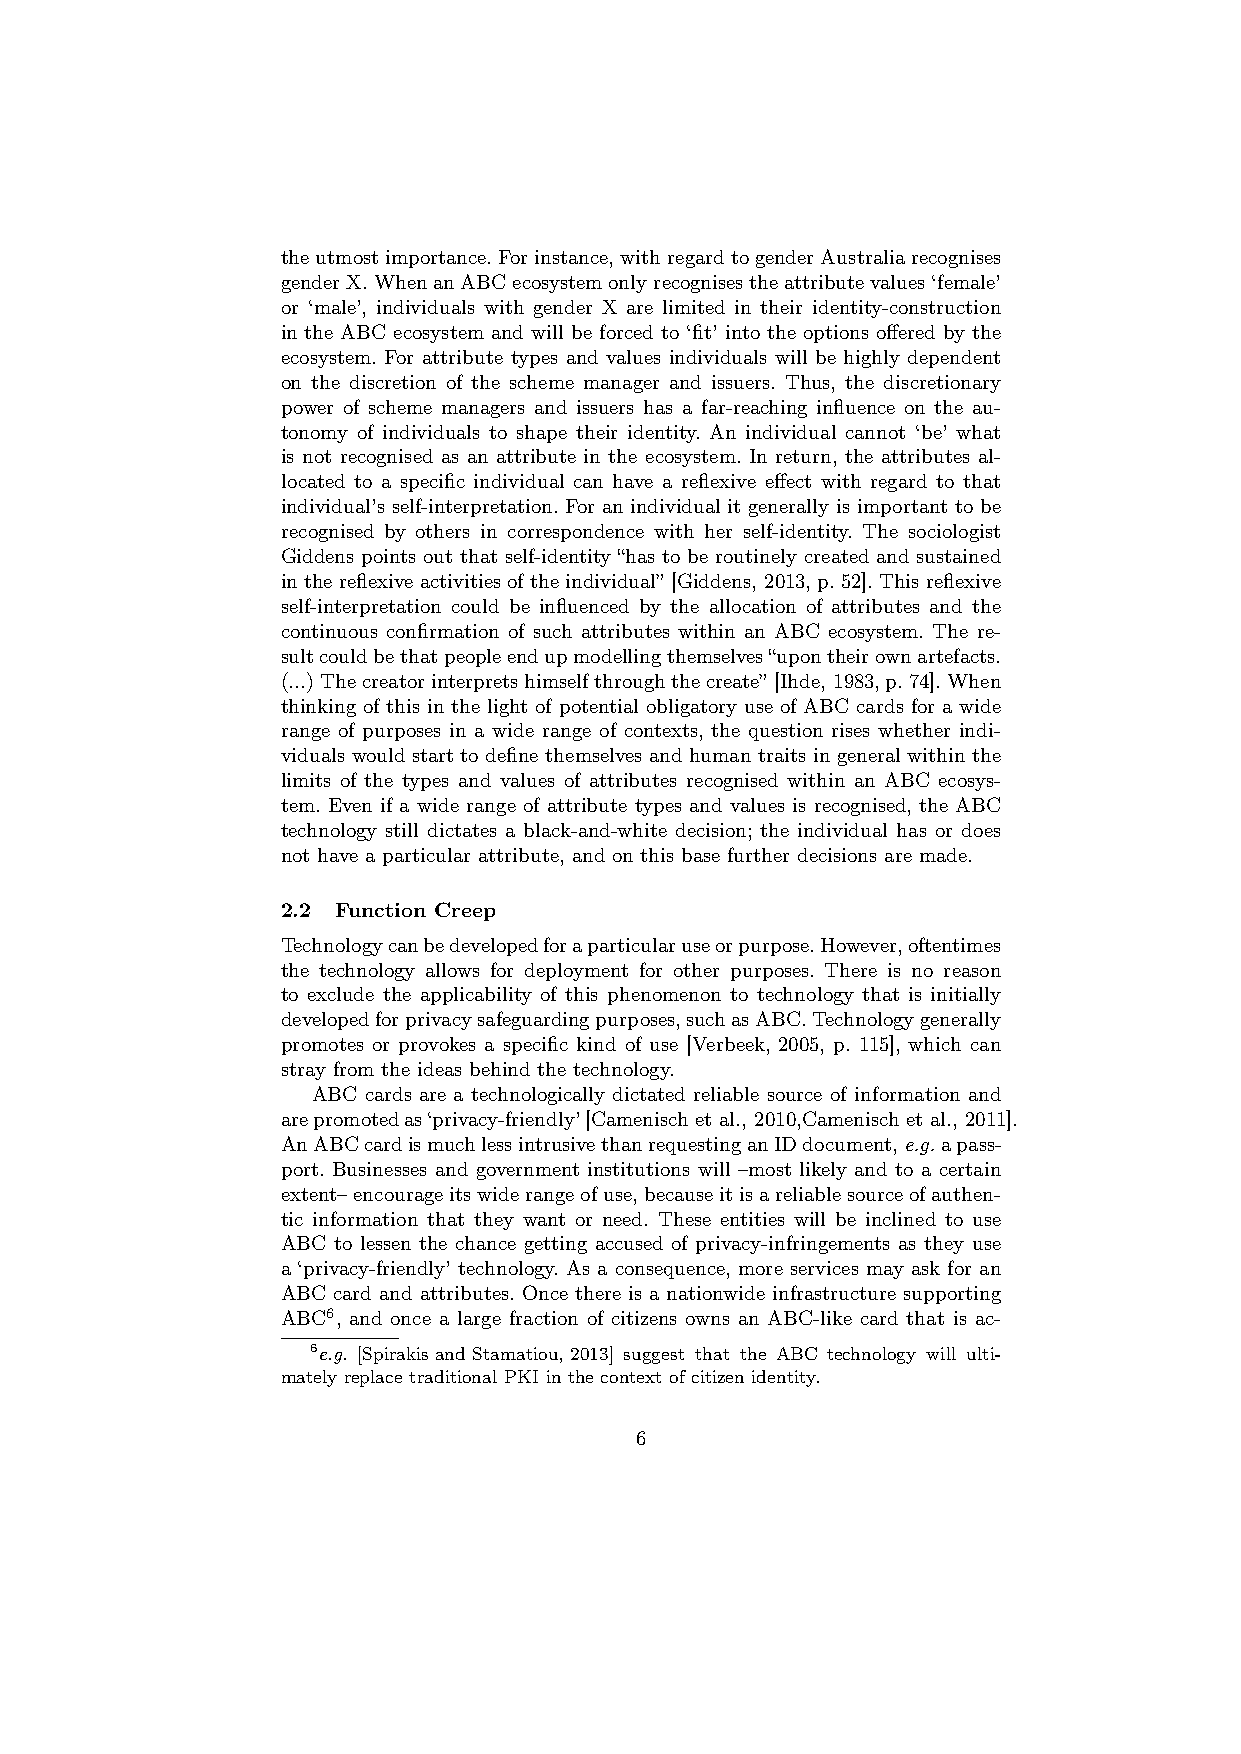
theutmostimportance.Forinstance,withregardtogenderAustraliarecognises
 genderX.WhenanABCecosystemonlyrecognisestheattributevalues‘female’
 or ‘male’, individuals with gender X are limited in their identity-construction
 in the ABC ecosystem and will be forced to ‘fit’ into the options offered by the
 ecosystem. For attribute types and values individuals will be highly dependent
 on the discretion of the scheme manager and issuers. Thus, the discretionary
 power of scheme managers and issuers has a far-reaching influence on the au-
 tonomy of individuals to shape their identity. An individual cannot ‘be’ what
 is not recognised as an attribute in the ecosystem. In return, the attributes al-
 located to a specific individual can have a reflexive effect with regard to that
 individual’s self-interpretation. For an individual it generally is important to be
 recognised by others in correspondence with her self-identity. The sociologist
 Giddens points out that self-identity “has to be routinely created and sustained
 in the reflexive activities of the individual” [Giddens, 2013, p. 52]. This reflexive
 self-interpretation could be influenced by the allocation of attributes and the
 continuous confirmation of such attributes within an ABC ecosystem. The re-
 sultcouldbethatpeopleendupmodellingthemselves“upontheirownartefacts.
 (...)Thecreatorinterpretshimselfthroughthecreate” [Ihde, 1983,p.74].When
 thinking of this in the light of potential obligatory use of ABC cards for a wide
 range of purposes in a wide range of contexts, the question rises whether indi-
 viduals would start to define themselves and human traits in general within the
 limits of the types and values of attributes recognised within an ABC ecosys-
 tem. Even if a wide range of attribute types and values is recognised, the ABC
 technology still dictates a black-and-white decision; the individual has or does
 not have a particular attribute, and on this base further decisions are made.
 2.2 Function Creep
 Technologycanbedevelopedforaparticularuseorpurpose.However,oftentimes
 the technology allows for deployment for other purposes. There is no reason
 to exclude the applicability of this phenomenon to technology that is initially
 developedforprivacysafeguardingpurposes,suchasABC.Technologygenerally
 promotes or provokes a specific kind of use [Verbeek, 2005, p. 115], which can
 stray from the ideas behind the technology.
 ABC cards are a technologically dictated reliable source of information and
 arepromotedas‘privacy-friendly’[Camenisch et al., 2010,Camenisch et al., 2011].
 AnABCcardismuchlessintrusivethanrequestinganIDdocument,e.g.apass-
 port. Businesses and government institutions will –most likely and to a certain
 extent–encourageitswiderangeofuse,becauseitisareliablesourceofauthen-
 tic information that they want or need. These entities will be inclined to use
 ABC to lessen the chance getting accused of privacy-infringements as they use
 a ‘privacy-friendly’ technology. As a consequence, more services may ask for an
 ABC card and attributes. Once there is a nationwide infrastructure supporting
 ABC6, and once a large fraction of citizens owns an ABC-like card that is ac-
 6e.g. [Spirakis and Stamatiou, 2013] suggest that the ABC technology will ulti-
 mately replace traditional PKI in the context of citizen identity.
 6